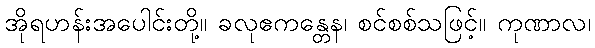
အိုရဟန်းအပေါင်းတို့။ ခလုဧကန္တေန၊ စင်စစ်သဖြင့်။ ကုဏာလ၊